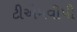
ટીએમવીપી